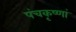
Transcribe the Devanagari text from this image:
पंचकृष्णां